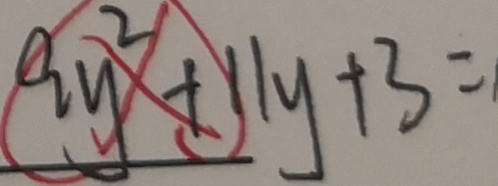
9 y ^ { 2 } + 1 1 y + 3 =